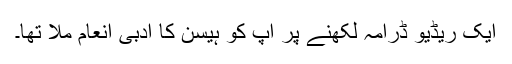
ایک ریڈیو ڈرامہ لکھنے پر آپ کو ہیسن کا ادبی انعام ملا تھا۔